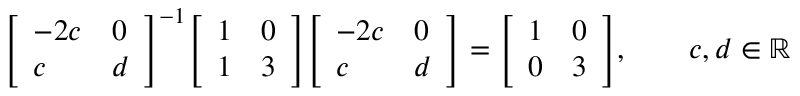
{ \left[ \begin{array} { l l } { - 2 c } & { 0 } \\ { c } & { d } \end{array} \right] } ^ { - 1 } { \left[ \begin{array} { l l } { 1 } & { 0 } \\ { 1 } & { 3 } \end{array} \right] } { \left[ \begin{array} { l l } { - 2 c } & { 0 } \\ { c } & { d } \end{array} \right] } = { \left[ \begin{array} { l l } { 1 } & { 0 } \\ { 0 } & { 3 } \end{array} \right] } , \qquad c , d \in \mathbb { R }